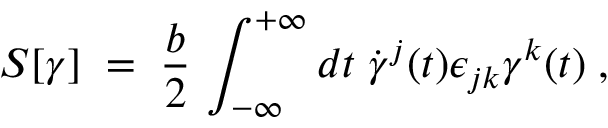
S [ \gamma ] \; = \; \frac { b } { 2 } \, \int _ { - \infty } ^ { + \infty } d t \; { \dot { \gamma } } ^ { j } ( t ) \epsilon _ { j k } \gamma ^ { k } ( t ) \; ,